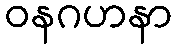
ဝနဂဟနာ